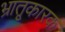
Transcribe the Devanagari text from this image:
भ्रातृ्कारक